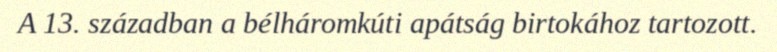
A 13. században a bélháromkúti apátság birtokához tartozott.